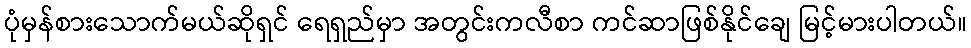
ပုံမှန်စားသောက်မယ်ဆိုရှင် ရေရှည်မှာ အတွင်းကလီစာ ကင်ဆာဖြစ်နိုင်ချေ မြင့်မားပါတယ်။